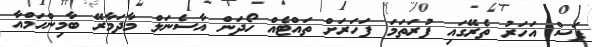
ފަސް އަހަރު ތެރޭގައި ފުރަތަމަ ފަހަރަށް ތައްޓެއް ހޯދަން އާސެނަލް މާދަމާރޭ ބާމިންހަމްއާ